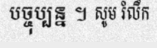
បច្ចុប្បន្ន ។ សូម រំលឹក